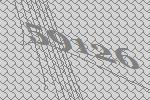
59126